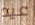
عيد